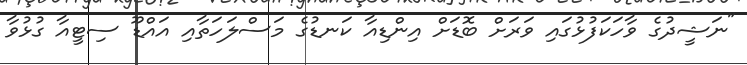
"ނަޝީދުގެ ވާހަކަފުޅުގައި ވަރަށް ބޮޑަށް އިންޑިއާ ކަނޑުގެ މަސްލަހަތާއި އައްޑޫ ސިޓީއާ ގުޅުވާ